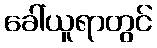
ခေါ်ယူရာတွင်